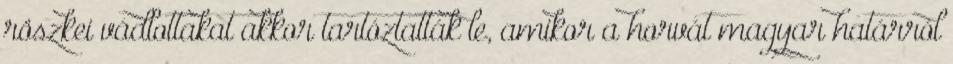
röszkei vádlottakat akkor tartóztatták le, amikor a horvát–magyar határról